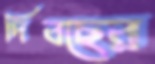
দিবছের